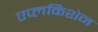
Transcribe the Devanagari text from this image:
एप्लकिशेन